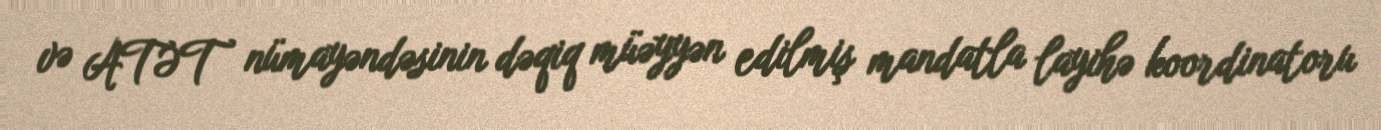
və ATƏT nümayəndəsinin dəqiq müəyyən edilmiş mandatla layihə koordinatoru